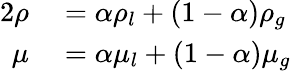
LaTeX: \begin{array}{rl}{{2}\rho}&{{}=\alpha\rho_{l}+(1-\alpha)\rho_{g}}\\ {\mu}&{{}=\alpha\mu_{l}+(1-\alpha)\mu_{g}}\end{array}